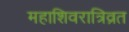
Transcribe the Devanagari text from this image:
महाशिवरात्रिव्रत